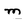
Character: m